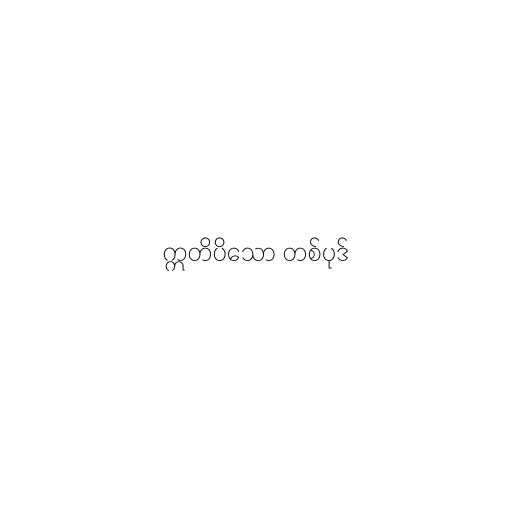
ဣတိပိသော တစ်ပုဒ်